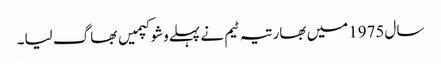
سال1975میں بھارتیہ ٹیم نے پہلےوشوکپمیں بھاگ لیا۔